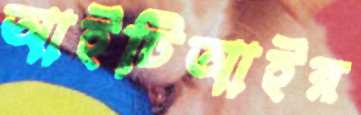
আইটিআইর